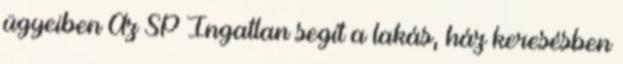
ügyeiben Az SP Ingatlan segít a lakás, ház keresésben